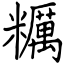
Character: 糲